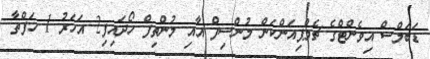
ޑަބަލްސް އިވެންޓްގެ ޗެމްޕިއަންކަން މުންސިފް އާއި މުންތިފް ހޯދައިފި2 އަހަރު 1 ހަފްތާ